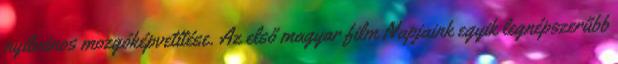
nyilvános mozgóképvetítése. Az első magyar film Napjaink egyik legnépszerűbb